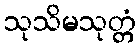
သုသိမသုတ္တံ